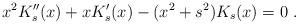
LaTeX: \begin{align*}x^2 K_s''(x) + x K_s'(x) - (x^2 +s^2) K_s(x) = 0 \ .\end{align*}